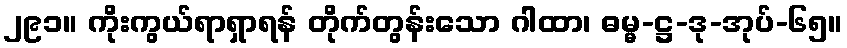
၂၉၁။ ကိုးကွယ်ရာရှာရန် တိုက်တွန်းသော ဂါထာ၊ ဓမ္မ-ဋ္ဌ-ဒု-အုပ်-၆၅။